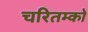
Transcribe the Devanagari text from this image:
चरितम्को